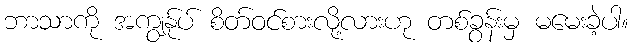
ဘာသာကို အကျွန်ုပ် စိတ်ဝင်စားလို့လားဟု တစ်ခွန်းမှ မမေးခဲ့ပါ။